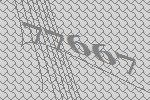
77667